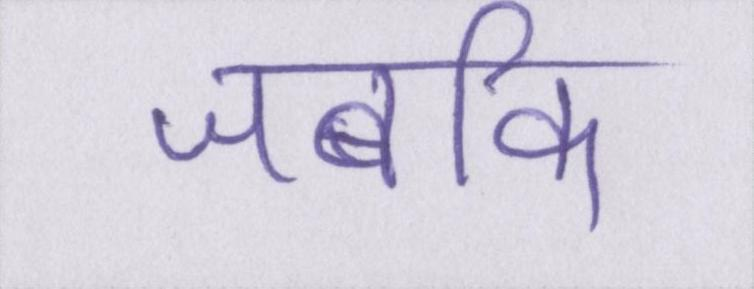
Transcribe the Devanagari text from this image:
जबकि